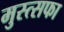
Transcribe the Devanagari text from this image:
मुस्त्सफा